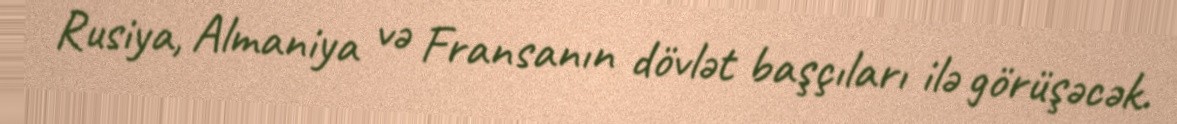
Rusiya, Almaniya və Fransanın dövlət başçıları ilə görüşəcək.